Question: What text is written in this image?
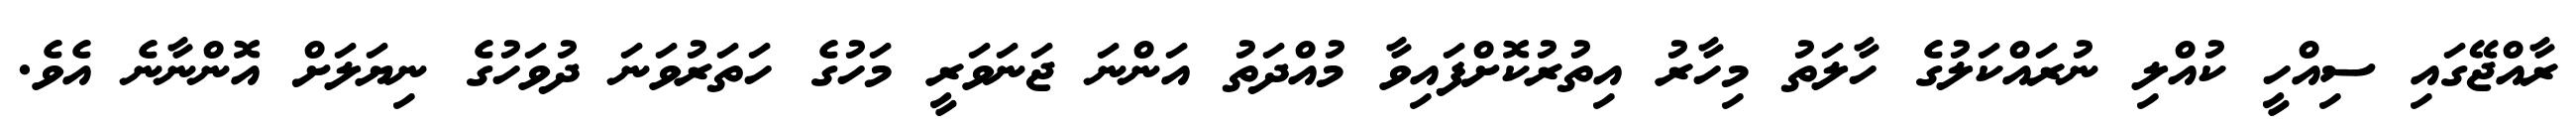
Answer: ރާއްޖޭގައި ސިއްހީ ކުއްލި ނުރައްކަލުގެ ހާލަތު މިހާރު އިތުރުކޮށްފައިވާ މުއްދަތު އަންނަ ޖަނަވަރީ މަހުގެ ހަތަރުވަނަ ދުވަހުގެ ނިޔަލަށް އޮންނާނެ އެވެ.